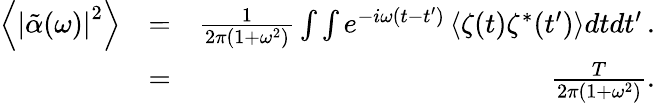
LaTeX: \begin{array}{rlr}{\left\langle\left|\tilde{\alpha}(\omega)\right|^{2}\right\rangle}&{=}&{\frac{1}{2\pi\left(1+\omega^{2}\right)}\int\int e^{-i\omega(t-t^{\prime})}\left\langle\zeta(t)\zeta^{*}(t^{\prime})\right\rangle dtdt^{\prime}\, .}\\ &{=}&{\frac{T}{2\pi\left(1+\omega^{2}\right)}.}\end{array}